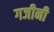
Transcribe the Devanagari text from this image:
गजीनी